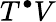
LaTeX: T^{\bullet}V